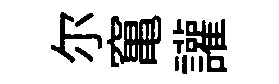
尔𥧄讙